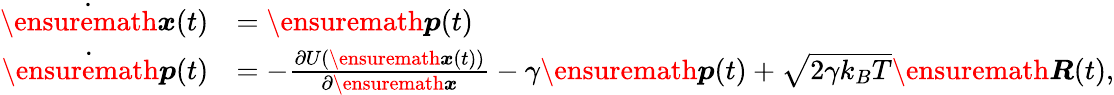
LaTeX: \begin{array}{rl}{\dot{\ensuremath{\boldsymbol{{x}}}}(t)}&{={\ensuremath{\boldsymbol{p}}(t)}}\\ {\dot{\ensuremath{\boldsymbol{p}}}(t)}&{=-\frac{\partial U(\ensuremath{\boldsymbol{{x}}}(t))}{\partial\ensuremath{\boldsymbol{{x}}}}-\gamma\ensuremath{\boldsymbol{p}}(t)+\sqrt{2\gamma k_{B}T}\ensuremath{\boldsymbol{R}}(t),}\end{array}